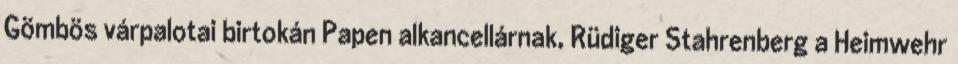
Gömbös várpalotai birtokán Papen alkancellárnak, Rüdiger Stahrenberg a Heimwehr